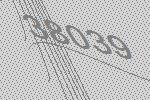
38039